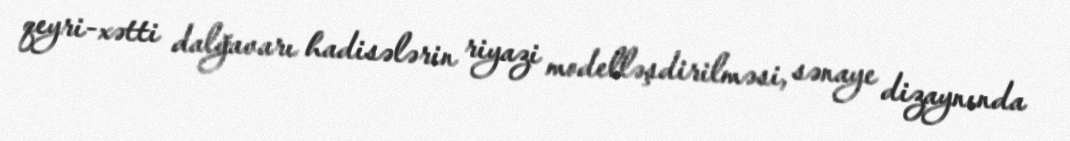
qeyri-xətti dalğavarı hadisələrin riyazi modelləşdirilməsi, sənaye dizaynında